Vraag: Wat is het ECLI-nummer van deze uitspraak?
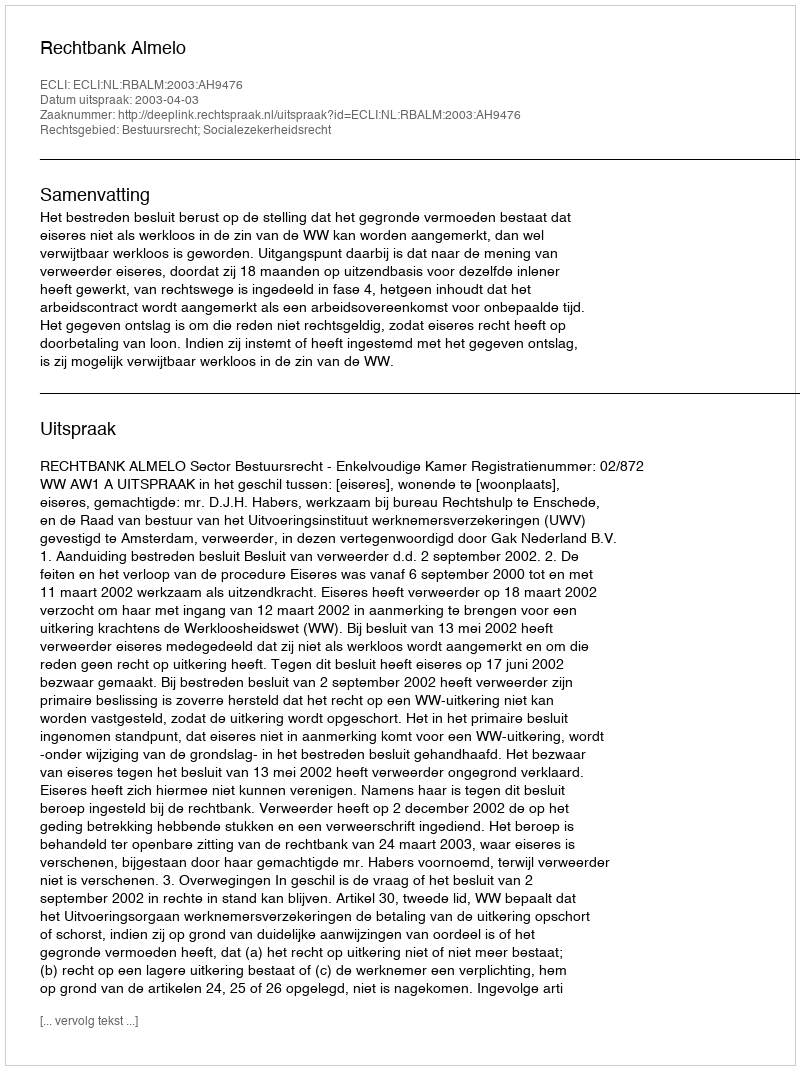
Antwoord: ECLI:NL:RBALM:2003:AH9476